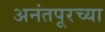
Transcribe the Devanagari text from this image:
अनंतपूरच्या